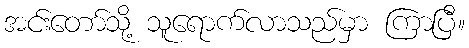
အင်းတော်သို့ သူရောက်လာသည်မှာ ကြာပြီ။